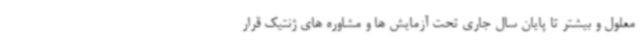
معلول و بیشتر تا پایان سال جاری تحت آزمایش ها و مشاوره های ژنتیک قرار